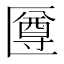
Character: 𠥙